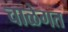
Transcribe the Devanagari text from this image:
चाळेगत